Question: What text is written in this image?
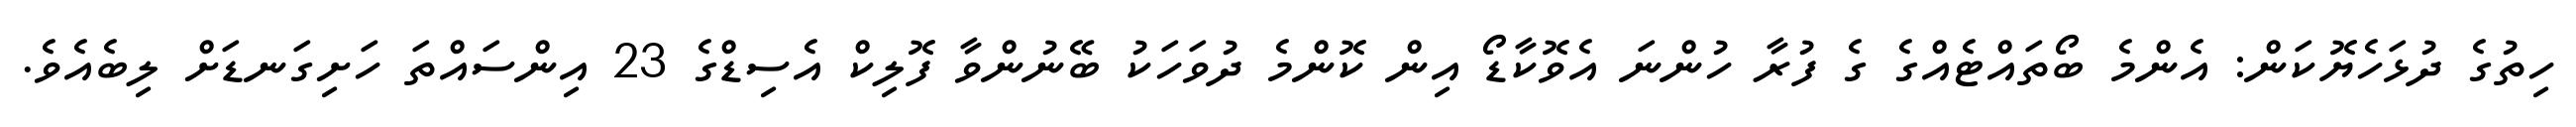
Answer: ހިތުގެ ދުޅަހެޔޮކަން: އެންމެ ބޯތައްޓެއްގެ ގެ ފުރާ ހުންނަ އެވޮކާޑޯ އިން ކޮންމެ ދުވަހަކު ބޭނުންވާ ފޮލިކް އެސިޑްގެ 23 އިންސައްތަ ހަށިގަނޑަށް ލިބެއެވެ.